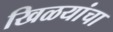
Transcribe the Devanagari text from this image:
खिळयांचा